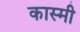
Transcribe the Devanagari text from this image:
कास्‍मी